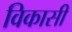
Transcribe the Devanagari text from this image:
विकासी